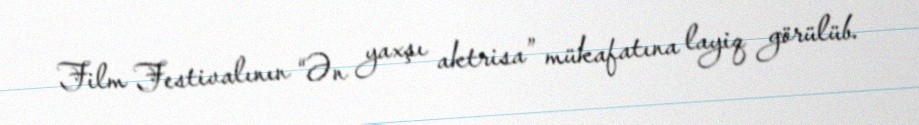
Film Festivalının “Ən yaxşı aktrisa” mükafatına layiq görülüb.